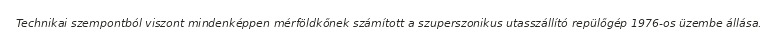
Technikai szempontból viszont mindenképpen mérföldkőnek számított a szuperszonikus utasszállító repülőgép 1976-os üzembe állása.